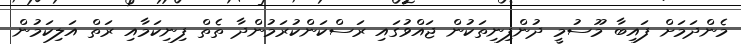
މެންދަމަށް ފައިބާ މޫސުމީ ދުންފިނިތަކުން ޖައްވުގައި ރަސްކަންކުރަމުންދާ ތެތް ފިނިކަމާއި ރަތް އަލިކަމުން